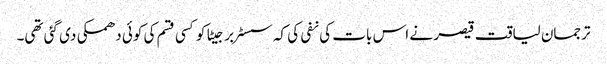
ترجمان لیاقت قیصر نے اس بات کی نفی کی کہ سسٹر برجیٹا کو کسی قسم کی کوئی دھمکی دی گئی تھی۔